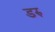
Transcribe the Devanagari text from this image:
डरु